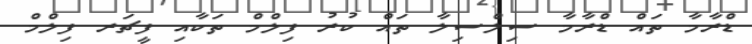
ޑްރާމާ ތައް ޑްރާމާ ސިލްސިލާ ތައް ކުރު ފިލްމް ތަކާއި ފީޗަރ ފިލްމް